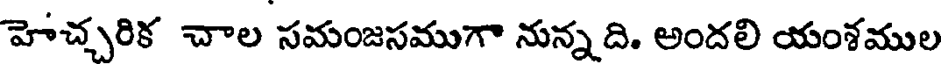
హెచ్చరిక చాల సమంజసముగా నున్న ది. అందలి యంశముల